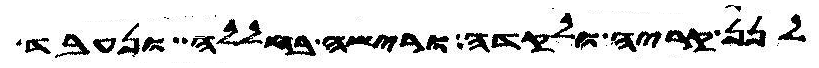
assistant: לנן קריה ולקדה ורישה בחללה ונעבד